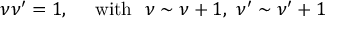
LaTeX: \nu \nu ^ { \prime } = 1 , \ \ \ \ \mathrm { w i t h } \ \ \nu \sim \nu + 1 , \ \nu ^ { \prime } \sim \nu ^ { \prime } + 1